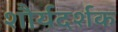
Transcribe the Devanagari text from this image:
शौर्यदर्शक